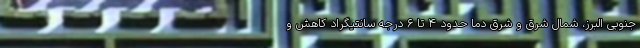
جنوبی البرز، شمال شرق و شرق دما حدود ۴ تا ۶ درجه سانتیگراد کاهش و